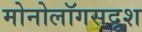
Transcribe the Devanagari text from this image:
मोनोलॉगसदृश